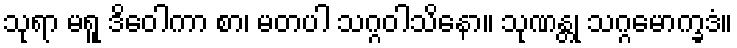
သုရာ မရူ ဒိဝေါကာ စာ၊ မတပါ သဂ္ဂဝါသိနော။ သုဏန္တု သဂ္ဂမောက္ခဒံ။